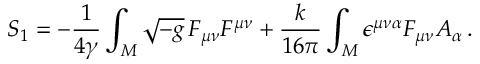
S _ { 1 } = - \frac { 1 } { 4 \gamma } \int _ { \cal M } \sqrt { - g } \, F _ { \mu \nu } F ^ { \mu \nu } + \frac { k } { 1 6 \pi } \int _ { \cal M } \epsilon ^ { \mu \nu \alpha } F _ { \mu \nu } A _ { \alpha } \, .